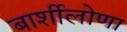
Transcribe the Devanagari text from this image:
बार्शीलोणा